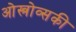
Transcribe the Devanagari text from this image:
ओस्त्रोव्सकी